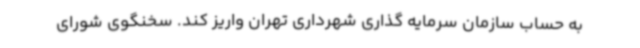
به حساب سازمان سرمایه گذاری شهرداری تهران واریز کند. سخنگوی شورای